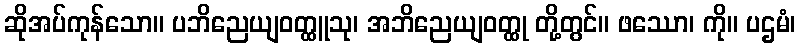
ဆိုအပ်ကုန်သော။ ပဘိညေယျဝတ္ထူသု၊ အဘိညေယျဝတ္ထု တို့တွင်။ ဖဿော၊ ကို။ ပဌမံ၊